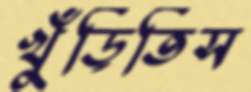
খুঁড়িতিস